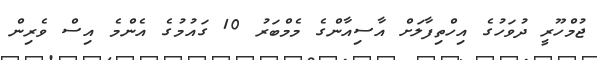
ޖުމްހޫރީ ދުވަހުގެ އިހްތިފާލަށް އާސިއާންގެ މެމްބަރު 10 ގައުމުގެ އެންމެ އިސް ވެރިން